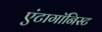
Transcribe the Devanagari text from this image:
एंटागॉनिस्ट